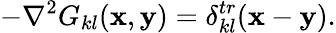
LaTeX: -\nabla^{2}G_{kl}({\mathbf x},{\mathbf y})=\delta_{kl}^{tr}({\mathbf x}-{\mathbf y}).